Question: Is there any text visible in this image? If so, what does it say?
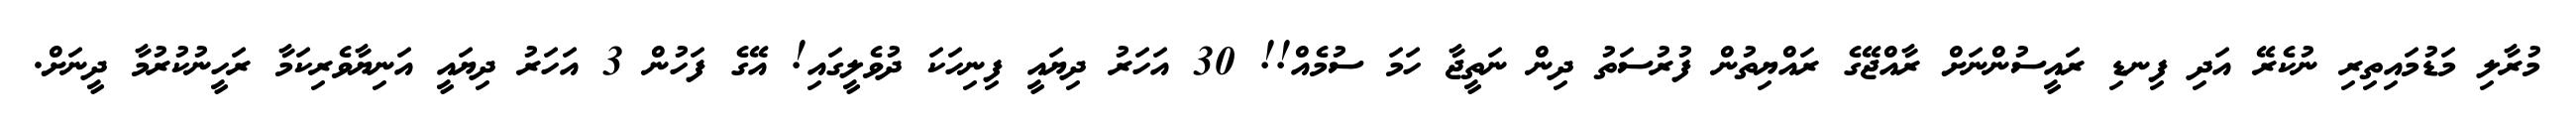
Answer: މުރާލި މަޑުމައިތިރި ނުކެރޭ އަދި ފިނޑި ރައީސުންނަށް ރާއްޖޭގެ ރައްޔިތުން ފުރުސަތު ދިން ނަތީޖާ ހަމަ ސުމެއް!! 30 އަހަރު ދިޔައީ ފިނިހަކަ ދުވެލީގައި! އޭގެ ފަހުން 3 އަހަރު ދިޔައީ އަނިޔާވެރިކަމާ ރަހީނުކުރުމާ ދީނަށް.